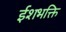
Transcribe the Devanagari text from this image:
ईशभक्ति